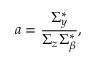
a = \frac { \Sigma _ { y } ^ { * } } { \Sigma _ { z } \Sigma _ { \beta } ^ { * } } ,